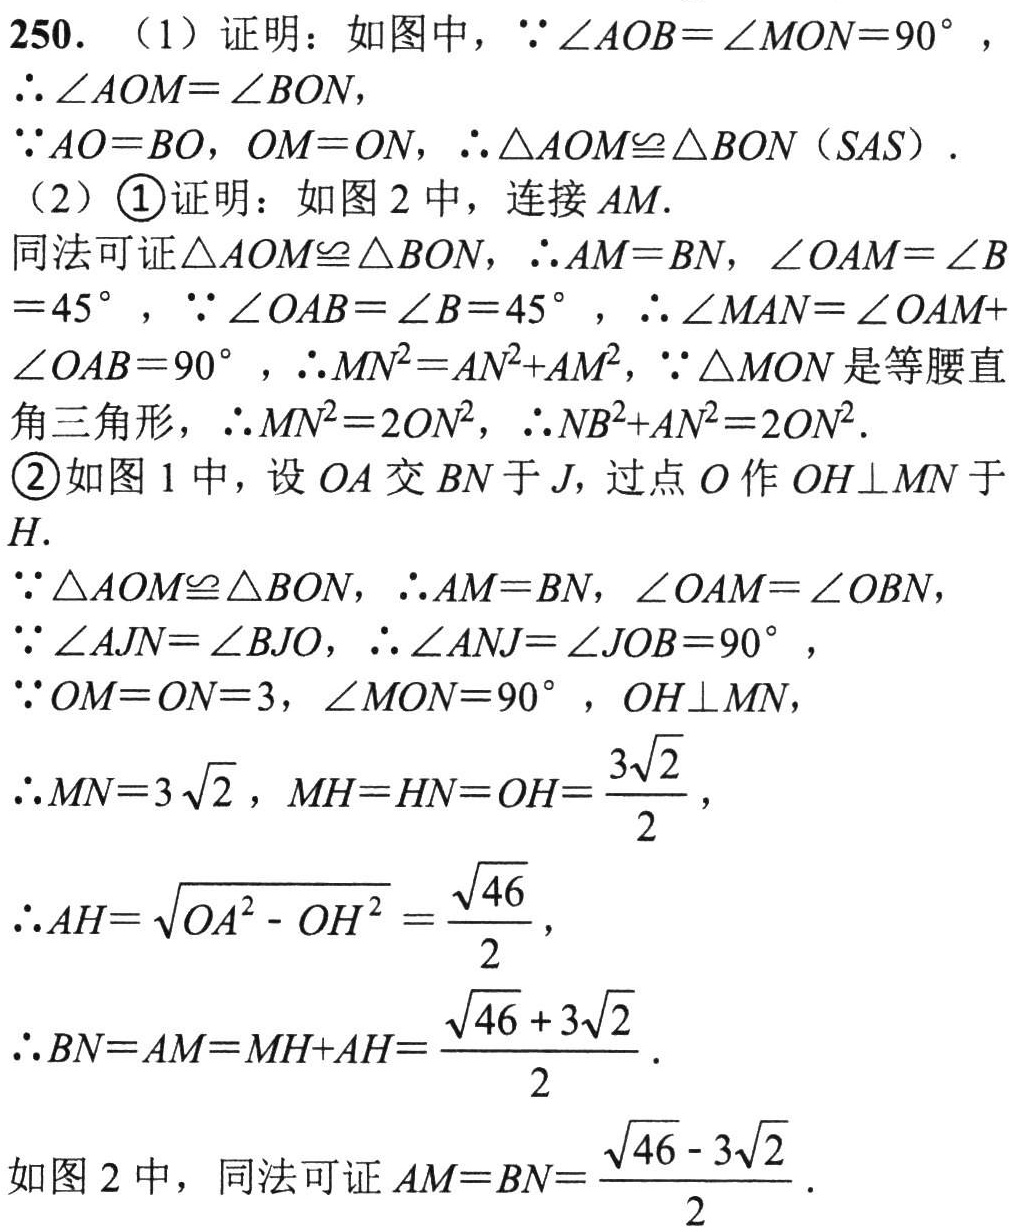
250. （1）证明：如图中，\(\because\angle AOB = \angle MON = 90^{\circ}\)，

\(\therefore\angle AOM=\angle BON\)，

\(\because AO = BO\)，\(OM = ON\)，\(\therefore\triangle AOM\cong\triangle BON(SAS)\)．

（2）\textcircled{1}证明：如图 2 中，连接 \(AM\)．

同法可证\(\triangle AOM\cong\triangle BON\)，\(\therefore AM = BN\)，\(\angle OAM=\angle B = 45^{\circ}\)，\(\because\angle OAB=\angle B = 45^{\circ}\)，\(\therefore\angle MAN=\angle OAM+\angle OAB = 90^{\circ}\)，\(\therefore MN^{2}=AN^{2}+AM^{2}\)，\(\because\triangle MON\)是等腰直角三角形，\(\therefore MN^{2}=2ON^{2}\)，\(\therefore NB^{2}+AN^{2}=2ON^{2}\)．

\textcircled{2}如图 1 中，设 \(OA\) 交 \(BN\) 于 \(J\)，过点 \(O\) 作 \(OH\perp MN\) 于 \(H\)．

\(\because\triangle AOM\cong\triangle BON\)，\(\therefore AM = BN\)，\(\angle OAM=\angle OBN\)，

\(\because\angle AJN=\angle BJO\)，\(\therefore\angle ANJ=\angle JOB = 90^{\circ}\)，

\(\because OM = ON = 3\)，\(\angle MON = 90^{\circ}\)，\(OH\perp MN\)，

\(\therefore MN = 3\sqrt{2}\)，\(MH = HN = OH=\frac{3\sqrt{2}}{2}\)，

\(\therefore AH=\sqrt{OA^{2}-OH^{2}}=\frac{\sqrt{46}}{2}\)，

\(\therefore BN = AM = MH + AH=\frac{\sqrt{46}+3\sqrt{2}}{2}\)．

如图 2 中，同法可证 \(AM = BN=\frac{\sqrt{46}-3\sqrt{2}}{2}\)．